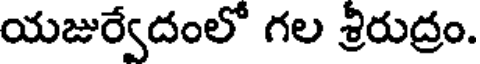
యజుర్వేదంలో గల శ్రీరుద్రం.